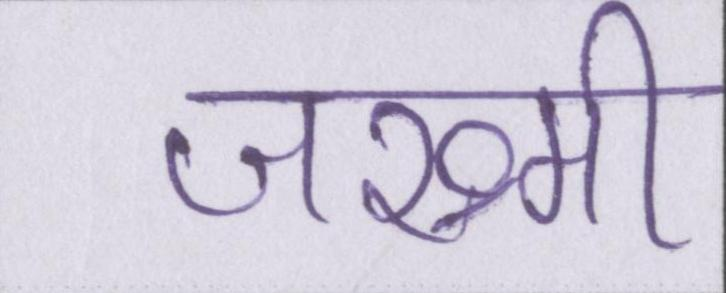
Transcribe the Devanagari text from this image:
जख्मी